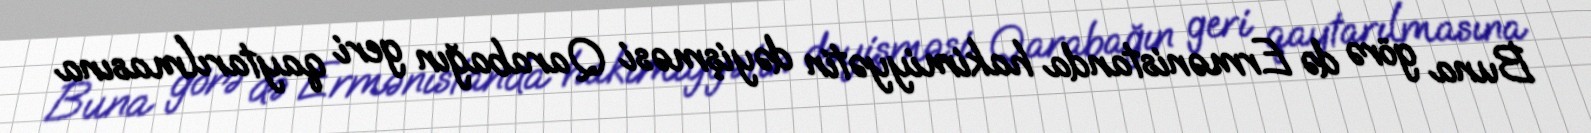
Buna görə də Ermənistanda hakimiyyətin dəyişməsi Qarabağın geri qaytarılmasına